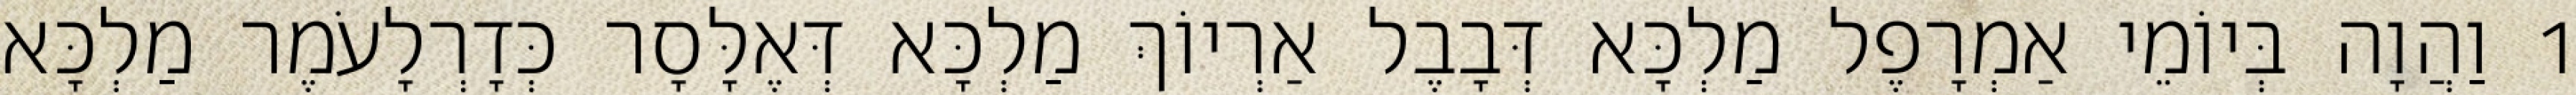
1 וַהֲוָה בְּיוֹמֵי אַמְרָפֶל מַלְכָּא דְּבָבֶל אַרְיוֹךְ מַלְכָּא דְּאֶלָּסָר כְּדָרְלָעֹמֶר מַלְכָּא